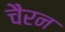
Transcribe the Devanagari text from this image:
चैरन